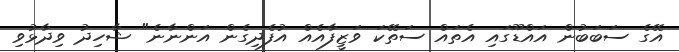
އޭގެ ސަބަބުން އައްޑޫގައި އެތައް ސަތޭކަ ވަޒީފާއެއް އުފެދިގެން އަންނާނެ" ޝާހިދު ވިދާޅުވި